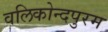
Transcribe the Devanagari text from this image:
वलिकोन्दपुरम